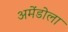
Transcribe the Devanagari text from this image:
अमेंडोला